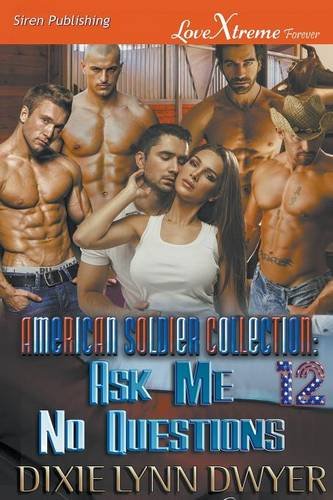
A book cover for The American Soldier Collection 12: Ask Me No Questions (Siren Publishing LoveXtreme Forever); Dixie Lynn Dwyer; Romance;